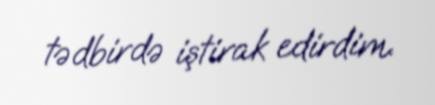
tədbirdə iştirak edirdim.